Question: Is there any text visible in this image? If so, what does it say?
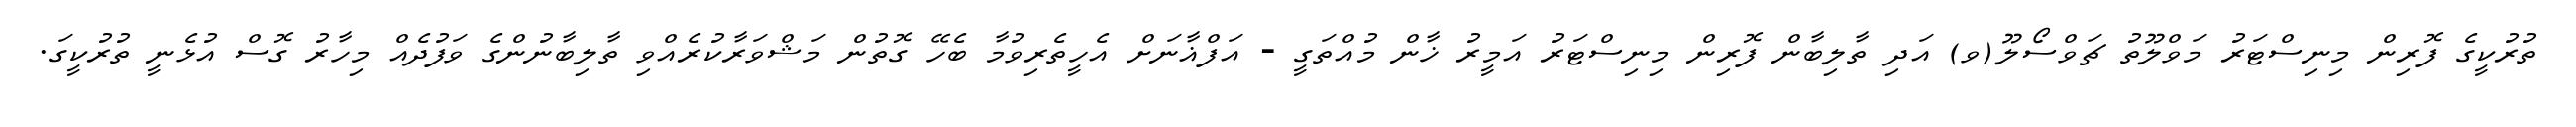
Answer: ތުރުކީގެ ފޮރިން މިނިސްޓަރު މަވްލޫތު ޗަވްސޯލޫ(ވ) އަދި ތާލިބާން ފޮރިން މިނިސްޓަރު އަމީރު ޚާން މުއްތަގީ - އަފްޣާނަށް އެހީތެރިވުމާ ބެހޭ ގޮތުން މަޝްވަރާކުރެއްވި ތާލިބާނުންގެ ވަފުދެއް މިހާރު ގޮސް އުޅެނީ ތުރުކީގަ.